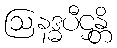
ဩနဒ္ဓပီဌန္တိ